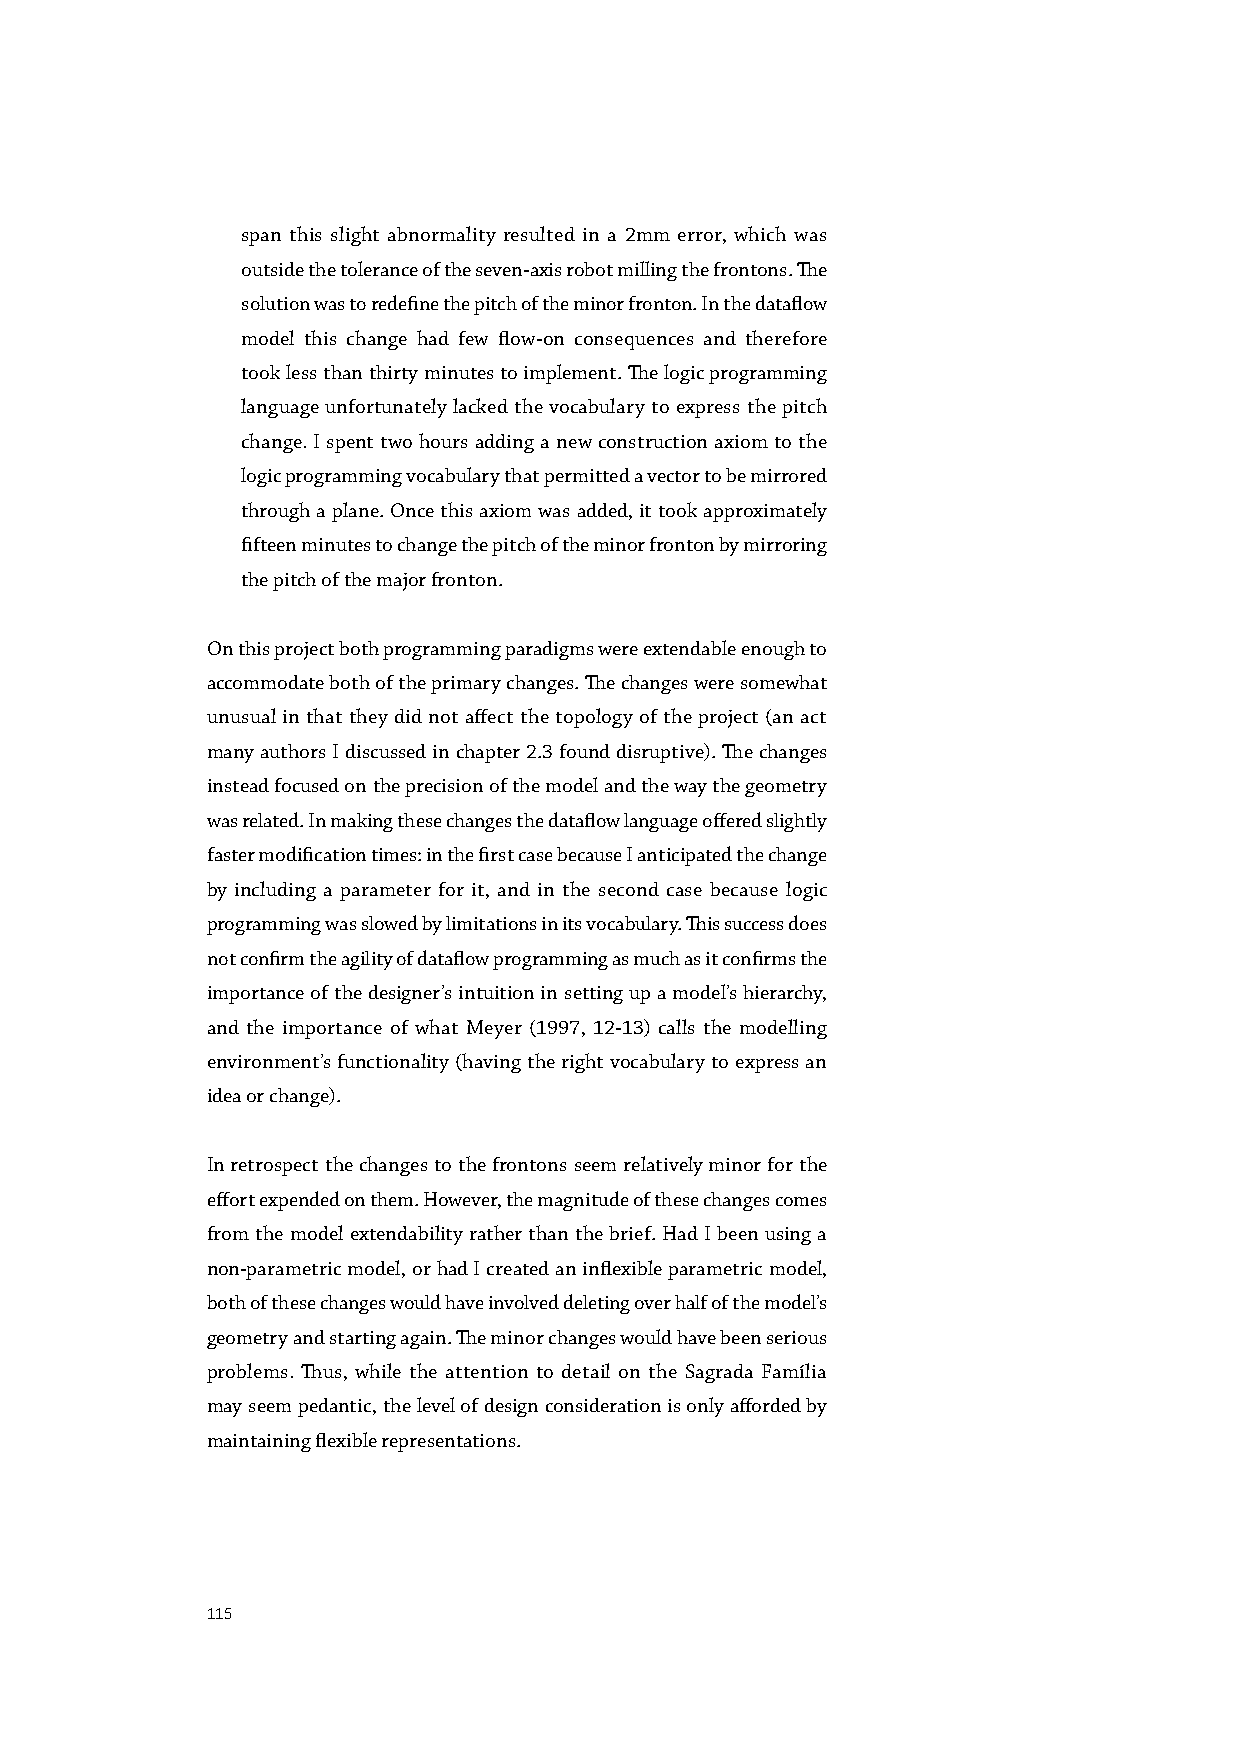
span this slight abnormality resulted in a 2mm error, which was
 outside the tolerance of the seven-axis robot milling the frontons. The
 solution was to redefine the pitch of the minor fronton. In the dataflow
 model this change had few flow-on consequences and therefore
 took less than thirty minutes to implement. The logic programming
 language unfortunately lacked the vocabulary to express the pitch
 change. I spent two hours adding a new construction axiom to the
 logic programming vocabulary that permitted a vector to be mirrored
 through a plane. Once this axiom was added, it took approximately
 fifteen minutes to change the pitch of the minor fronton by mirroring
 the pitch of the major fronton.
 On this project both programming paradigms were extendable enough to
 accommodate both of the primary changes. The changes were somewhat
 unusual in that they did not affect the topology of the project (an act
 many authors I discussed in chapter 2.3 found disruptive). The changes
 instead focused on the precision of the model and the way the geometry
 was related. In making these changes the dataflow language offered slightly
 faster modification times: in the first case because I anticipated the change
 by including a parameter for it, and in the second case because logic
 programming was slowed by limitations in its vocabulary. This success does
 not confirm the agility of dataflow programming as much as it confirms the
 importance of the designer’s intuition in setting up a model’s hierarchy,
 and the importance of what Meyer (1997, 12-13) calls the modelling
 environment’s functionality (having the right vocabulary to express an
 idea or change).
 In retrospect the changes to the frontons seem relatively minor for the
 effort expended on them. However, the magnitude of these changes comes
 from the model extendability rather than the brief. Had I been using a
 non-parametric model, or had I created an inflexible parametric model,
 both of these changes would have involved deleting over half of the model’s
 geometry and starting again. The minor changes would have been serious
 problems. Thus, while the attention to detail on the Sagrada Família
 may seem pedantic, the level of design consideration is only afforded by
 maintaining flexible representations.
 115